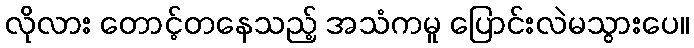
လိုလား တောင့်တနေသည့် အသံကမူ ပြောင်းလဲမသွားပေ။